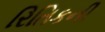
રિતિકની